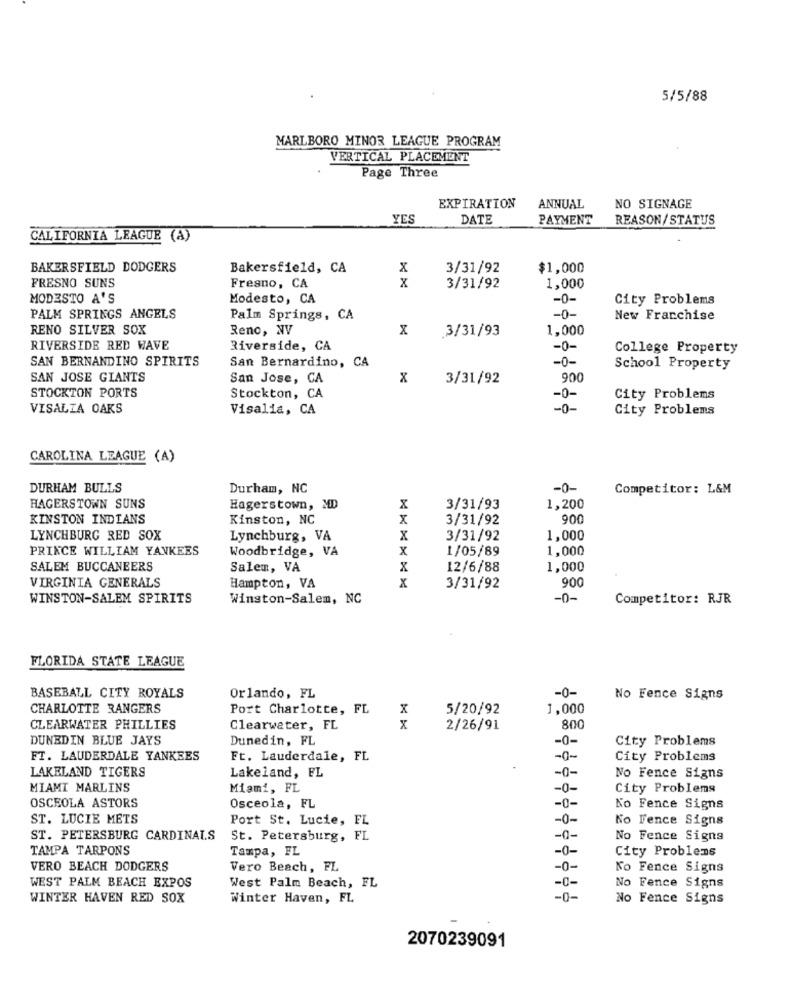
5/5/88
MARLBORO MINOR LEAGUE PROGRAM
VERTICAL PLACEMENT
Page Three
EXPIRATION
ANNUAL
NO SIGNAGE
YES
DATE
PAYMENT
REASON/STATUS
CALIFORNIA LEAGUE (A)
BAKERSFIELD DODGERS
Bakersfield, CA
x
3/31/92
$1,000
FRESNO SUNS
X
Fresno, CA
3/31/92
1,000
MODESTO A'S
Modesto, CA
-0-
City Problems
PALM SPRINGS ANGELS
Palm Springs, CA
-0-
New Franchise
RENO SILVER SOX
Reno, NV
x
3/31/93
1,000
RIVERSIDE RED WAVE
Riverside, CA
-0-
College Property
SAN BERNANDINO SPIRITS
San Bernardino, CA
-0-
School Property
SAN JOSE GIANTS
San Jose, CA
x
3/31/92
900
STOCKTON PORTS
Stockton, CA
-0-
City Problems
VISALIA OAKS
Visalia, CA
-0-
City Problems
CAROLINA LEAGUE (A)
DURHAM BULLS
Durham, NC
-0-
Competitor: L&M
HAGERSTOWN SUNS
Hagerstown, MD
X
3/31/93
1,200
KINSTON INDIANS
Kinston, NC
X
3/31/92
900
LYNCHBURG RED SOX
Lynchburg, VA
X
3/31/92
1,000
PRINCE WILLIAM YANKEES
Woodbridge, VA
X
1/05/89
1,000
SALEM BUCCANEERS
Salem, VA
X
12/6/88
1,000
x
90
VIRGINIA GENERALS
Hampton, VA
3/31/92
WINSTON-SALEM SPIRITS
Winston-Salem, NC
-0-
Competitor: RJR
FLORIDA STATE LEAGUE
-0-
BASEBALL CITY ROYALS
Orlando, FL
No Fence Signs
CHARLOTTE RANGERS
Port Charlotte, FL
X
5/20/92
1,000
CLEARWATER PHILLIES
Clearwater, FL
X
2/26/91
800
DUNEDIN BLUE JAYS
Dunedin, FL
-0-
City Problems
FT. LAUDERDALE YANKEES
Ft. Lauderdale, FL
-0-
City Problems
LAKELAND TIGERS
Lakeland, FL
-0-
No Fence Signs
MIAMI MARLINS
Miami, FL
-0-
City Problems
OSCEOLA ASTORS
Osceola, FL
-0-
Ko Fence Signs
ST. LUCIE METS
Port St. Lucie, FL
-0-
No Fence Signs
ST. PETERSBURG CARDINALS
St. Petersburg, FL
-0-
No Fence Signs
TAMPA TARPONS
Tampa, FL
-0-
City Problems
VERO BEACH DODGERS
Vero Beach, FL
-0-
Ko Fence Signs
WEST PALM BEACH EXPOS
-c-
West Palm Beach, FL
No Fence Signs
WINTER HAVEN RED SOX
Winter Haven, FL
-0-
No Fence Signs
2070239091